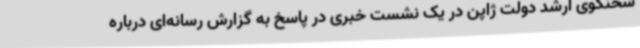
سخنگوی ارشد دولت ژاپن در یک نشست خبری در پاسخ به گزارش رسانه‌ای درباره